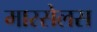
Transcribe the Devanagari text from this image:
मारसेलस